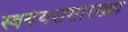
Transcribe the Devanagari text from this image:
स्वयंवरासारख्या